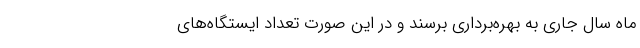
ماه سال جاری به بهره‌برداری برسند و در این صورت تعداد ایستگاه‌های